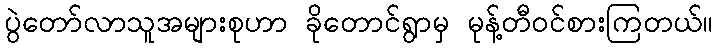
ပွဲတော်လာသူအများစုဟာ ခိုတောင်ရွာမှ မုန့်တီဝင်စားကြတယ်။